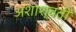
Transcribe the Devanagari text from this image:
अशाश्वती